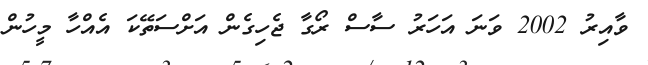
ވާއިރު 2002 ވަނަ އަހަރު ސާސް ރޯގާ ޖެހިގެން އަށްސަތޭކަ އެއްހާ މީހުން